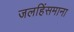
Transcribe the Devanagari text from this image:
जलहिंसमाना